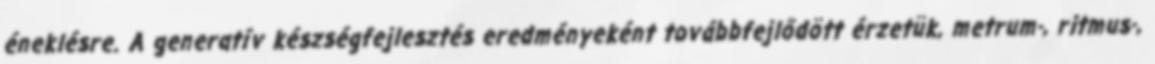
éneklésre. A generatív készségfejlesztés eredményeként továbbfejlődött érzetük, metrum-, ritmus-,